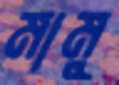
মামু